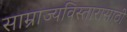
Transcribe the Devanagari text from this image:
साम्राज्यविस्तारासाठी